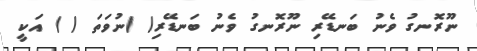
ނޫރޮނގު ވެނު ބަނޑޭރި ނޫރޮނގު ވެނު ބަނޑޭރި( )ނުވަތަ ( ) އަކީ